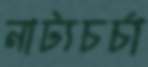
নাট্যচর্চা